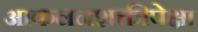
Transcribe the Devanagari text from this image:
आकलनशक्तीपेक्षा